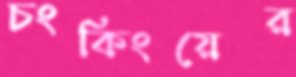
চংকিংয়ের